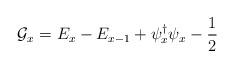
LaTeX: \begin{align*}{\cal G}_{x}=E_{x}-E_{x-1}+\psi^{\dag}_{x}\psi_{x}-\frac{1}{2}\end{align*}